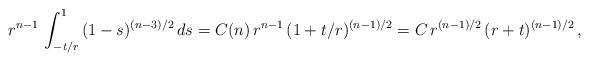
LaTeX: \begin{align*}r^{n-1}\,\int_{-t/r}^1\,(1-s)^{(n-3)/2}\,ds=C(n)\,r^{n-1}\,(1+t/r)^{(n-1)/2}=C\,r^{(n-1)/2}\,(r+t)^{(n-1)/2}\,,\end{align*}